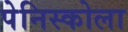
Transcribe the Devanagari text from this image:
पेनिस्कोला